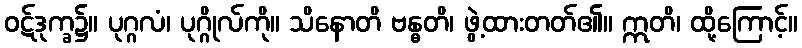
ဝဋ်ဒုက္ခ၌။ ပုဂ္ဂလံ၊ ပုဂ္ဂိုလ်ကို။ သိနောတိ ဗန္ဓတိ၊ ဖွဲ့ထားတတ်၏။ ဣတိ၊ ထို့ကြောင့်။